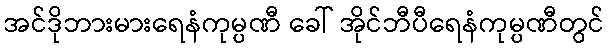
အင်ဒိုဘားမားရေနံကုမ္ပဏီ ခေါ် အိုင်ဘီပီရေနံကုမ္ပဏီတွင်